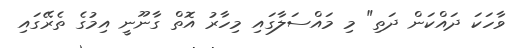
ވާހަކަ ދައްކަން ދަތި" މި މައްސަލާގައި މިހާރު އޮތް ގާނޫނީ އިމުގެ ތެރޭގައި